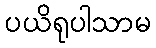
ပယိရုပါသာမ